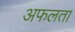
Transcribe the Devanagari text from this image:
अफलता